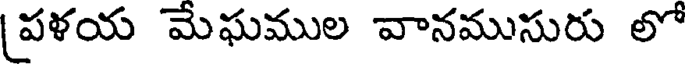
పళయ మేఘముల వానముసురు లో